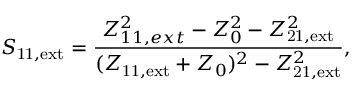
S _ { \mathrm { 1 1 , e x t } } = \frac { Z _ { 1 1 , e x t } ^ { 2 } - Z _ { 0 } ^ { 2 } - Z _ { \mathrm { 2 1 , e x t } } ^ { 2 } } { ( Z _ { \mathrm { 1 1 , e x t } } + Z _ { 0 } ) ^ { 2 } - Z _ { \mathrm { 2 1 , e x t } } ^ { 2 } } ,